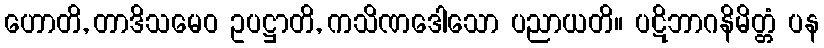
ဟောတိ, တာဒိသမေဝ ဥပဋ္ဌာတိ, ကသိဏဒေါသော ပညာယတိ။ ပဋိဘာဂနိမိတ္တံ ပန